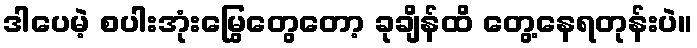
ဒါပေမဲ့ စပါးအုံးမြွေတွေတော့ ခုချိန်ထိ တွေ့နေရတုန်းပဲ။